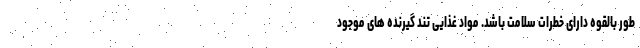
طور بالقوه دارای خطرات سلامت باشد. مواد غذایی تند گیرنده های موجود